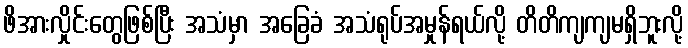
ဖိအားလှိုင်းတွေဖြစ်ပြီး အသံမှာ အခြေခံ အသံရုပ်အမှုန်ရယ်လို့ တိတိကျကျမရှိဘူးလို့